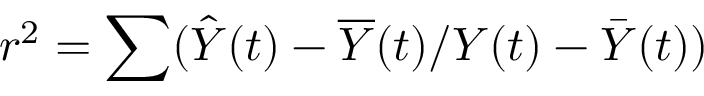
r ^ { 2 } = \sum ( \hat { Y } ( t ) - \overline { { Y } } ( t ) / Y ( t ) - \Bar { Y } ( t ) )